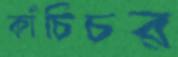
কাঁচিচর